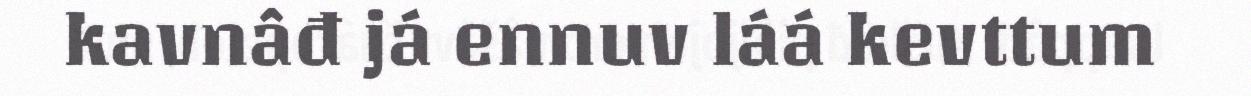
kavnâđ já ennuv láá kevttum